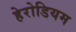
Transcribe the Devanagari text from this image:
हेरोडियम